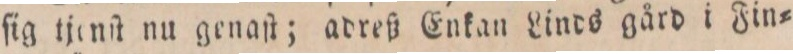
ſig tjenſt nu genaſt; adreß Enkan Linds gård i Fin=